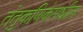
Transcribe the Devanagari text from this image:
तंतुकणिकेमधील